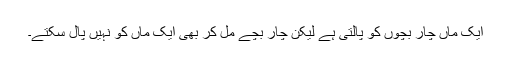
ایک ماں چار بچوں کو پالتی ہے لیکن چار بچے مل کر بھی ایک ماں کو نہیں پال سکتے۔